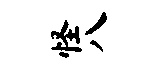
怪八